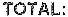
TOTAL: